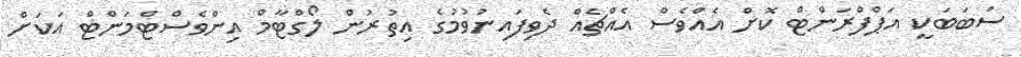
ސަބަބަކީ އަޕްފްރަންޓް ކޮށް އެއްވެސް އެއްޗެއް ދެވިފައިނުވުމުގެ އިތުރުން ލޯގްޓާމް އިންވެސްޓްމަންޓް އަކަށް